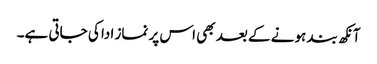
آنکھ بند ہونے کے بعد بھی اس پر نماز ادا کی جاتی ہے۔